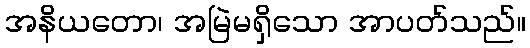
အနိယတော၊ အမြဲမရှိသော အာပတ်သည်။